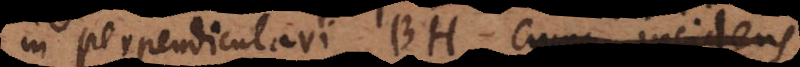
in perpendiculari BHcumque incidens